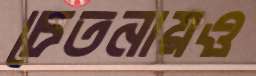
চেতনায়ও